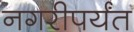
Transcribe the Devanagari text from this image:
नगरीपर्यंत